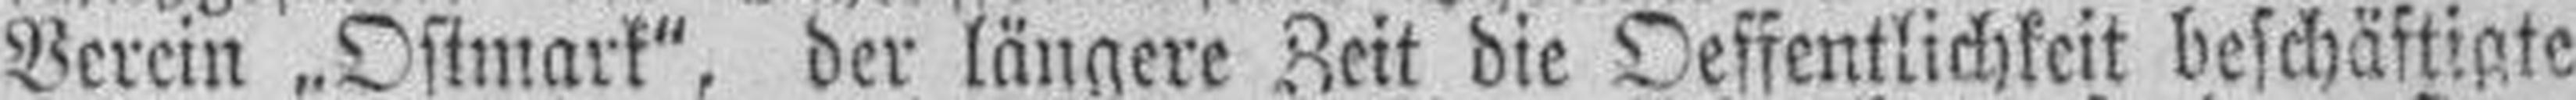
Verein „Ostmark", der längere Zeit die Oeffentlichkeit beschäftigte